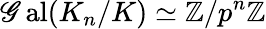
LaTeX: \operatorname{\mathscr{G}al}(K_{n}/K)\simeq\mathbb{{Z}}/p^{n}\mathbb{{Z}}